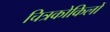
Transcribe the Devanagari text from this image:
चित्रकोकिलों